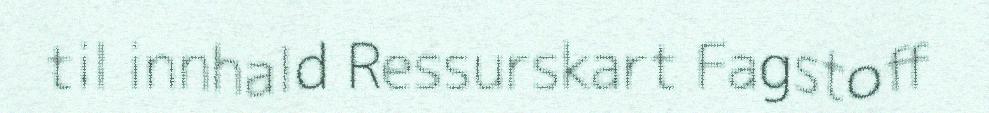
til innhald Ressurskart Fagstoff